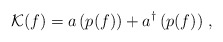
\begin{align*}{\cal K}(f)=a\left(p(f)\right)+a^{\dagger}\left(p(f)\right)\,,\end{align*}